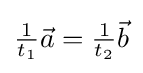
{\tfrac {1}{t_{1}}}{\vec {a}}={\tfrac {1}{t_{2}}}{\vec {b}}